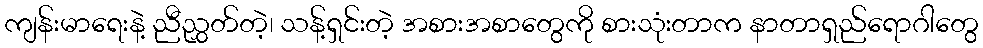
ကျန်းမာရေးနဲ့ ညီညွှတ်တဲ့၊ သန့်ရှင်းတဲ့ အစားအစာတွေကို စားသုံးတာက နာတာရှည်ရောဂါတွေ